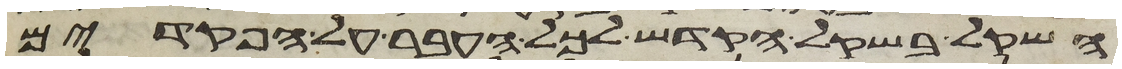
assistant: השקל בשקל הקדש לכל העבר על הפקדים